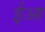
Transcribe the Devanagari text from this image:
ईआ